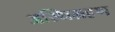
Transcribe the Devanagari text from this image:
अस्थिग्रहण